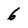
Character: 6